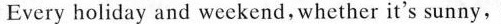
Every holiday and weekend,whether it's sunny,